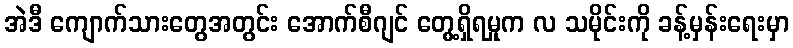
အဲဒီ ကျောက်သားတွေအတွင်း အောက်စီဂျင် တွေ့ရှိရမှုက လ သမိုင်းကို ခန့်မှန်းရေးမှာ